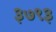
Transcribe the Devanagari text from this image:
३७९३